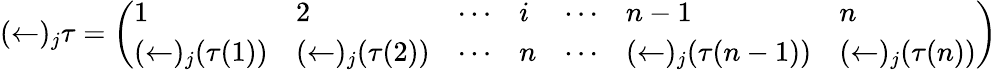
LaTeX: (\leftarrow)_{j}\tau={\left(\begin{array}{lllllll}{1}&{2}&{\cdots}&{i}&{\cdots}&{n-1}&{n}\\ {(\leftarrow)_{j}(\tau(1))}&{(\leftarrow)_{j}(\tau(2))}&{\cdots}&{n}&{\cdots}&{(\leftarrow)_{j}(\tau(n-1))}&{(\leftarrow)_{j}(\tau(n))}\end{array}\right)}